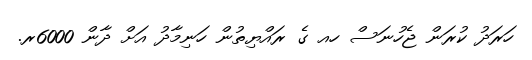
ހަރަދު ކުރަން ޖެހުނަސް ހއ ގެ ރައްޔިތުން ހަނިމާދު އަށް ދާން 6000ރ.